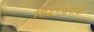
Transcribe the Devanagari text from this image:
सिद्धगडवाडी